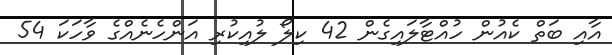
އާއި ބަތް ކެއުން ހުއްޓާލައިގެން 42 ކިލޯ ލުއިކުރި އަންހެނެއްގެ ވާހަކަ 54